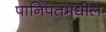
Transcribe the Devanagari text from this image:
पानिपतमधील